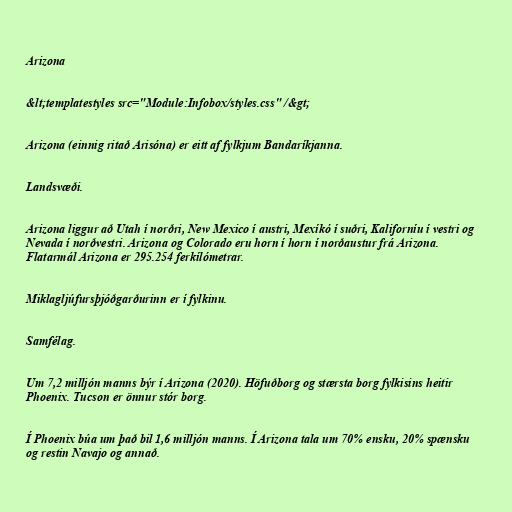
Arizona

&lt;templatestyles src="Module:Infobox/styles.css" /&gt;

Arizona (einnig ritað Arisóna) er eitt af fylkjum Bandaríkjanna.

Landsvæði.

Arizona liggur að Utah í norðri, New Mexico í austri, Mexíkó í suðri, Kaliforníu í vestri og
Nevada í norðvestri. Arizona og Colorado eru horn í horn í norðaustur frá Arizona.
Flatarmál Arizona er 295.254 ferkílómetrar.

Miklagljúfursþjóðgarðurinn er í fylkinu.

Samfélag.

Um 7,2 milljón manns býr í Arizona (2020). Höfuðborg og stærsta borg fylkisins heitir
Phoenix. Tucson er önnur stór borg.

Í Phoenix búa um það bil 1,6 milljón manns. Í Arizona tala um 70% ensku, 20% spænsku
og restin Navajo og annað.